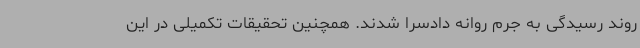
روند رسیدگی به جرم روانه دادسرا شدند. همچنین تحقیقات تکمیلی در این